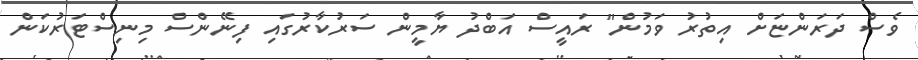
ވެސް ދަރަންޏަށް އިތުރު ވަމުން" ރައީސް އަބްދު ޔާމީން ސަރުކާރުގައި ފިނޭންސް މިނިސްޓަރުކަން